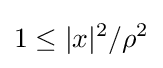
1\leq |x|^{2}/\rho ^{2}